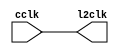
// ========== Copyright Header Begin ==========================================
// 
// OpenSPARC T2 Processor File: n2_clk_spc_cmp_cust.v
// Copyright (C) 1995-2007 Sun Microsystems, Inc. All Rights Reserved
// 4150 Network Circle, Santa Clara, California 95054, U.S.A.
//
// * DO NOT ALTER OR REMOVE COPYRIGHT NOTICES OR THIS FILE HEADER. 
//
// This program is free software; you can redistribute it and/or modify
// it under the terms of the GNU General Public License as published by
// the Free Software Foundation; version 2 of the License.
//
// This program is distributed in the hope that it will be useful,
// but WITHOUT ANY WARRANTY; without even the implied warranty of
// MERCHANTABILITY or FITNESS FOR A PARTICULAR PURPOSE.  See the
// GNU General Public License for more details.
//
// You should have received a copy of the GNU General Public License
// along with this program; if not, write to the Free Software
// Foundation, Inc., 59 Temple Place, Suite 330, Boston, MA  02111-1307  USA
// 
// For the avoidance of doubt, and except that if any non-GPL license 
// choice is available it will apply instead, Sun elects to use only 
// the General Public License version 2 (GPLv2) at this time for any 
// software where a choice of GPL license versions is made 
// available with the language indicating that GPLv2 or any later version 
// may be used, or where a choice of which version of the GPL is applied is 
// otherwise unspecified. 
//
// Please contact Sun Microsystems, Inc., 4150 Network Circle, Santa Clara, 
// CA 95054 USA or visit www.sun.com if you need additional information or 
// have any questions. 
// 
// ========== Copyright Header End ============================================
`timescale 1 ps / 1 ps

module n2_clk_spc_cmp_cust (
	cclk,
	l2clk
);

input 	cclk;
output 	l2clk;

wire	cclk;
wire	l2clk;

assign #1 l2clk = cclk; 
				
endmodule